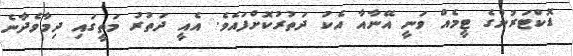
ޑޮކްޓަރުންގެ ޓީމެއް ވަނީ އޭނާއާ އެކު ދަތުރުކޮށްފައެވެ. އެއީ ދަތުރު މަތީގައި ދިމާވެދާނެ